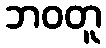
ဘဝတူ